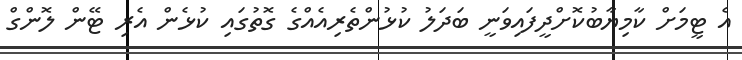
އެ ޓީމަށް ކާމިޔާބުކޮށްދީފައިވަނީ ބަދަލު ކުޅުންތެރިއެއްގެ ގޮތުގައި ކުޅެން އެރި ޓޭން ލޮންގް